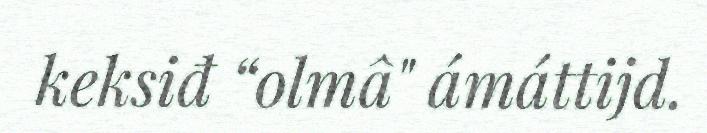
keksiđ “olmâ" ámáttijd.